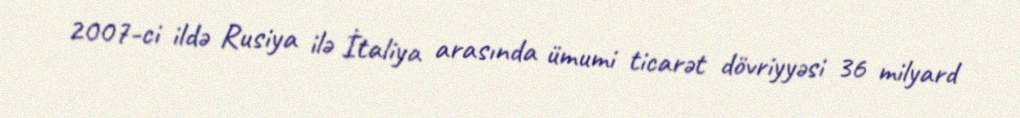
2007-ci ildə Rusiya ilə İtaliya arasında ümumi ticarət dövriyyəsi 36 milyard